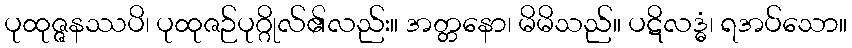
ပုထုဇ္ဇနဿပိ၊ ပုထုဇဉ်ပုဂ္ဂိုလ်၏လည်း။ အတ္တနော၊ မိမိသည်။ ပဋိလဒ္ဓံ၊ ရအပ်သော။